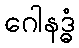
ဂေါနဒ္ဓံ